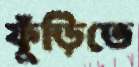
ফুঁড়িতে